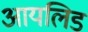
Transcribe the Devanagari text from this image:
आयलिड